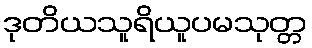
ဒုတိယသူရိယူပမသုတ္တ